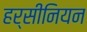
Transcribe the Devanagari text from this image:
हर्सीनियन